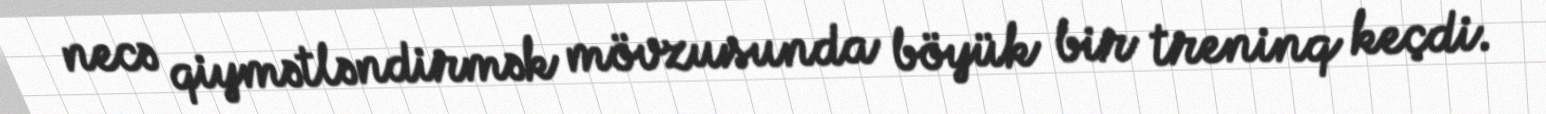
necə qiymətləndirmək mövzusunda böyük bir treninq keçdi.